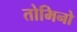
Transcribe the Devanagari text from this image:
तोमिनो